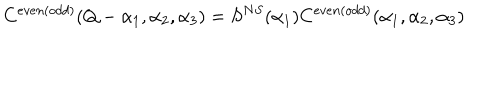
C ^ { e v e n ( o d d ) } ( Q - \alpha _ { 1 } , \alpha _ { 2 } , \alpha _ { 3 } ) = S ^ { N S } ( \alpha _ { 1 } ) C ^ { e v e n ( o d d ) } ( \alpha _ { 1 } , \alpha _ { 2 } , \alpha _ { 3 } )